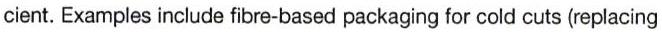
cient. Examples include fibre-based packaging for cold cuts (replacing